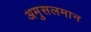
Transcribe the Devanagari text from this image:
अमुसलमान